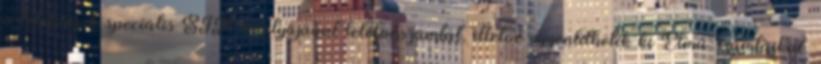
a telefonjuk speciális SIM-kártyájával telefonszámlát, illetve egyenlíthetik ki Elmű-számláikat.